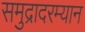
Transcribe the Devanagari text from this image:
समुद्रादरम्यान